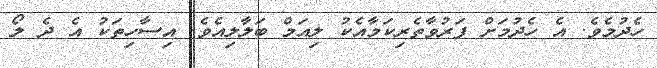
ހެދުމެވެ. އެ ހެދުމަށް ފަރުވާތެރިކަމާއެކު ލިއަމް ބަލާލިއެވެ. އިސާހިތަކު އެ ދެ ލޯ